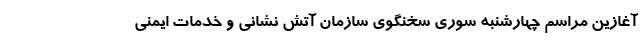
آغازین مراسم چهارشنبه سوری سخنگوی سازمان آتش نشانی و خدمات ایمنی